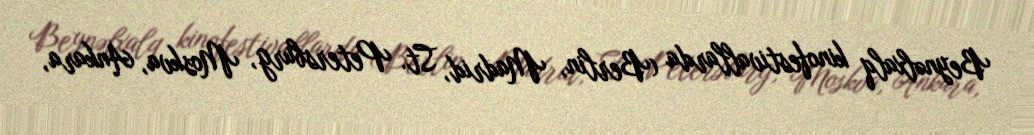
Beynəlxalq kinofestivallarda (Berlin, Madrid, St. Petersburg, Moskva, Ankara,